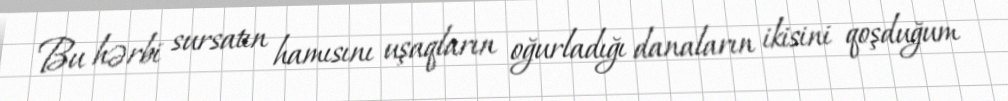
Bu hərbi sursatın hamısını uşaqların oğurladığı danaların ikisini qoşduğum